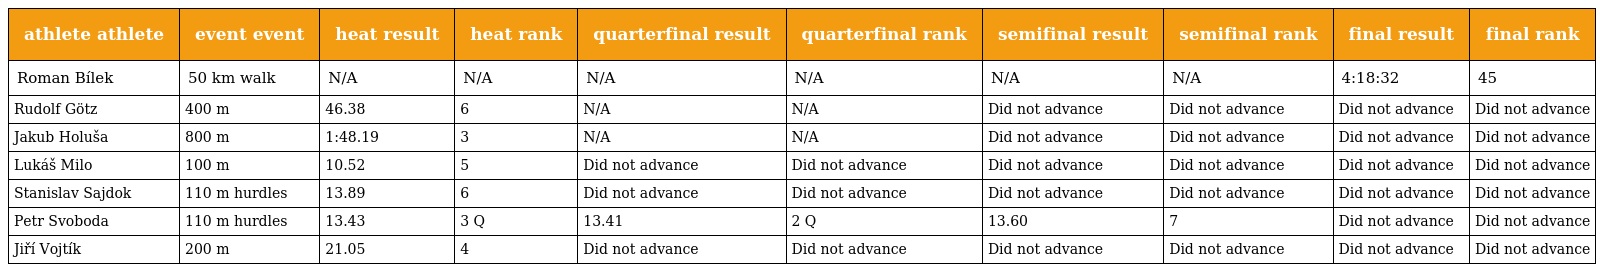
| athlete athlete | event event | heat result | heat rank | quarterfinal result | quarterfinal rank | semifinal result | semifinal rank | final result | final rank |
 | --- | --- | --- | --- | --- | --- | --- | --- | --- | --- |
 | Roman Bílek | 50 km walk | N/A | N/A | N/A | N/A | N/A | N/A | 4:18:32 | 45 |
 | Rudolf Götz | 400 m | 46.38 | 6 | N/A | N/A | Did not advance | Did not advance | Did not advance | Did not advance |
 | Jakub Holuša | 800 m | 1:48.19 | 3 | N/A | N/A | Did not advance | Did not advance | Did not advance | Did not advance |
 | Lukáš Milo | 100 m | 10.52 | 5 | Did not advance | Did not advance | Did not advance | Did not advance | Did not advance | Did not advance |
 | Stanislav Sajdok | 110 m hurdles | 13.89 | 6 | Did not advance | Did not advance | Did not advance | Did not advance | Did not advance | Did not advance |
 | Petr Svoboda | 110 m hurdles | 13.43 | 3 Q | 13.41 | 2 Q | 13.60 | 7 | Did not advance | Did not advance |
 | Jiří Vojtík | 200 m | 21.05 | 4 | Did not advance | Did not advance | Did not advance | Did not advance | Did not advance | Did not advance |